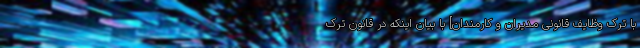
با ترک وظایف قانونی مدیران و کارمندان] با بیان اینکه در قانون ترک